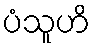
ပံသူဟိ